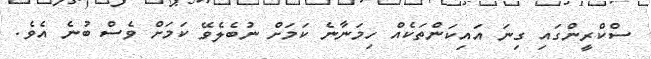
ސްކްރީންގައި ގިނަ އައިކަންތަކެއް ހިމަނާނެ ކަމަށް ނުބެލެވޭ ކަމަށް ވެސް ބުނެ އެވެ.